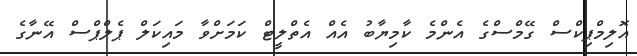
އޮލިމްޕިކްސް ގޭމްސްގެ އެންމެ ކާމިޔާބު އެއް އެތްލީޓް ކަމަށްވާ މައިކަލް ޕެލްޕްސް އޭނާގެ